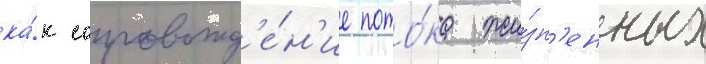
ка́к сопровожд'е́н'ие пото́ка жи́зн'енных